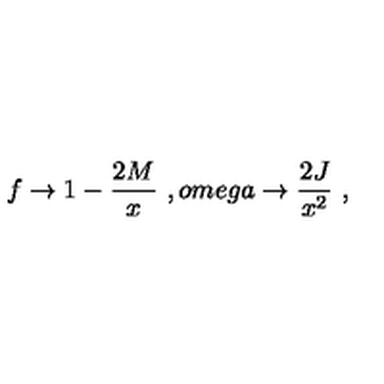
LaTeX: f \rightarrow 1 - \frac { 2 M } { x } \ , o m e g a \rightarrow \frac { 2 J } { x ^ { 2 } } \ ,